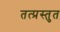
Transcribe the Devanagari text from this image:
तत्प्रस्तुत